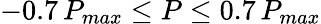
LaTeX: -0.7\, P_{max}\le P\le 0.7\, P_{max}